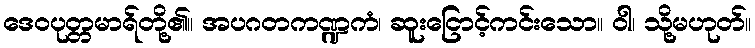
ဒေဝပုတ္တမာရ်တို့၏။ အပဂတကဏ္ဍကံ၊ ဆူးငြောင့်ကင်းသော။ ဝါ၊ သို့မဟုတ်။